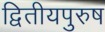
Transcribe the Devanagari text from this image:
द्वितीयपुरुष